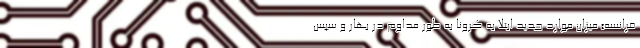
فرانسه» میزان موارد جدید ابتلا به کرونا به طور مداوم در بهار و سپس